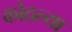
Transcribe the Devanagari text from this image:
कोठल्या